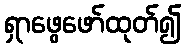
ရှာဖွေဖော်ထုတ်၍